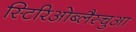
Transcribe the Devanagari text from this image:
स्टिरिओब्लैस्चुआ